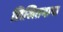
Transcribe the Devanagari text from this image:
लिखितभाषा